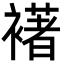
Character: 𮖺